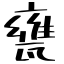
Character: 甕